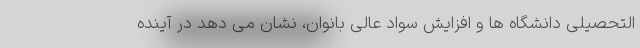
التحصیلی دانشگاه ها و افزایش سواد عالی بانوان، نشان می دهد در آینده